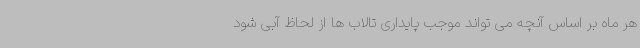
هر ماه بر اساس آنچه می تواند موجب پایداری تالاب ها از لحاظ آبی شود